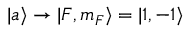
| { a } \rangle \rightarrow | { F , m _ { F } } \rangle = | { 1 , - 1 } \rangle